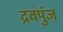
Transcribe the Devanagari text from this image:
द्रवपुंज